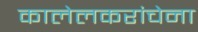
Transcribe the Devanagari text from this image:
कालेलकरांचेना